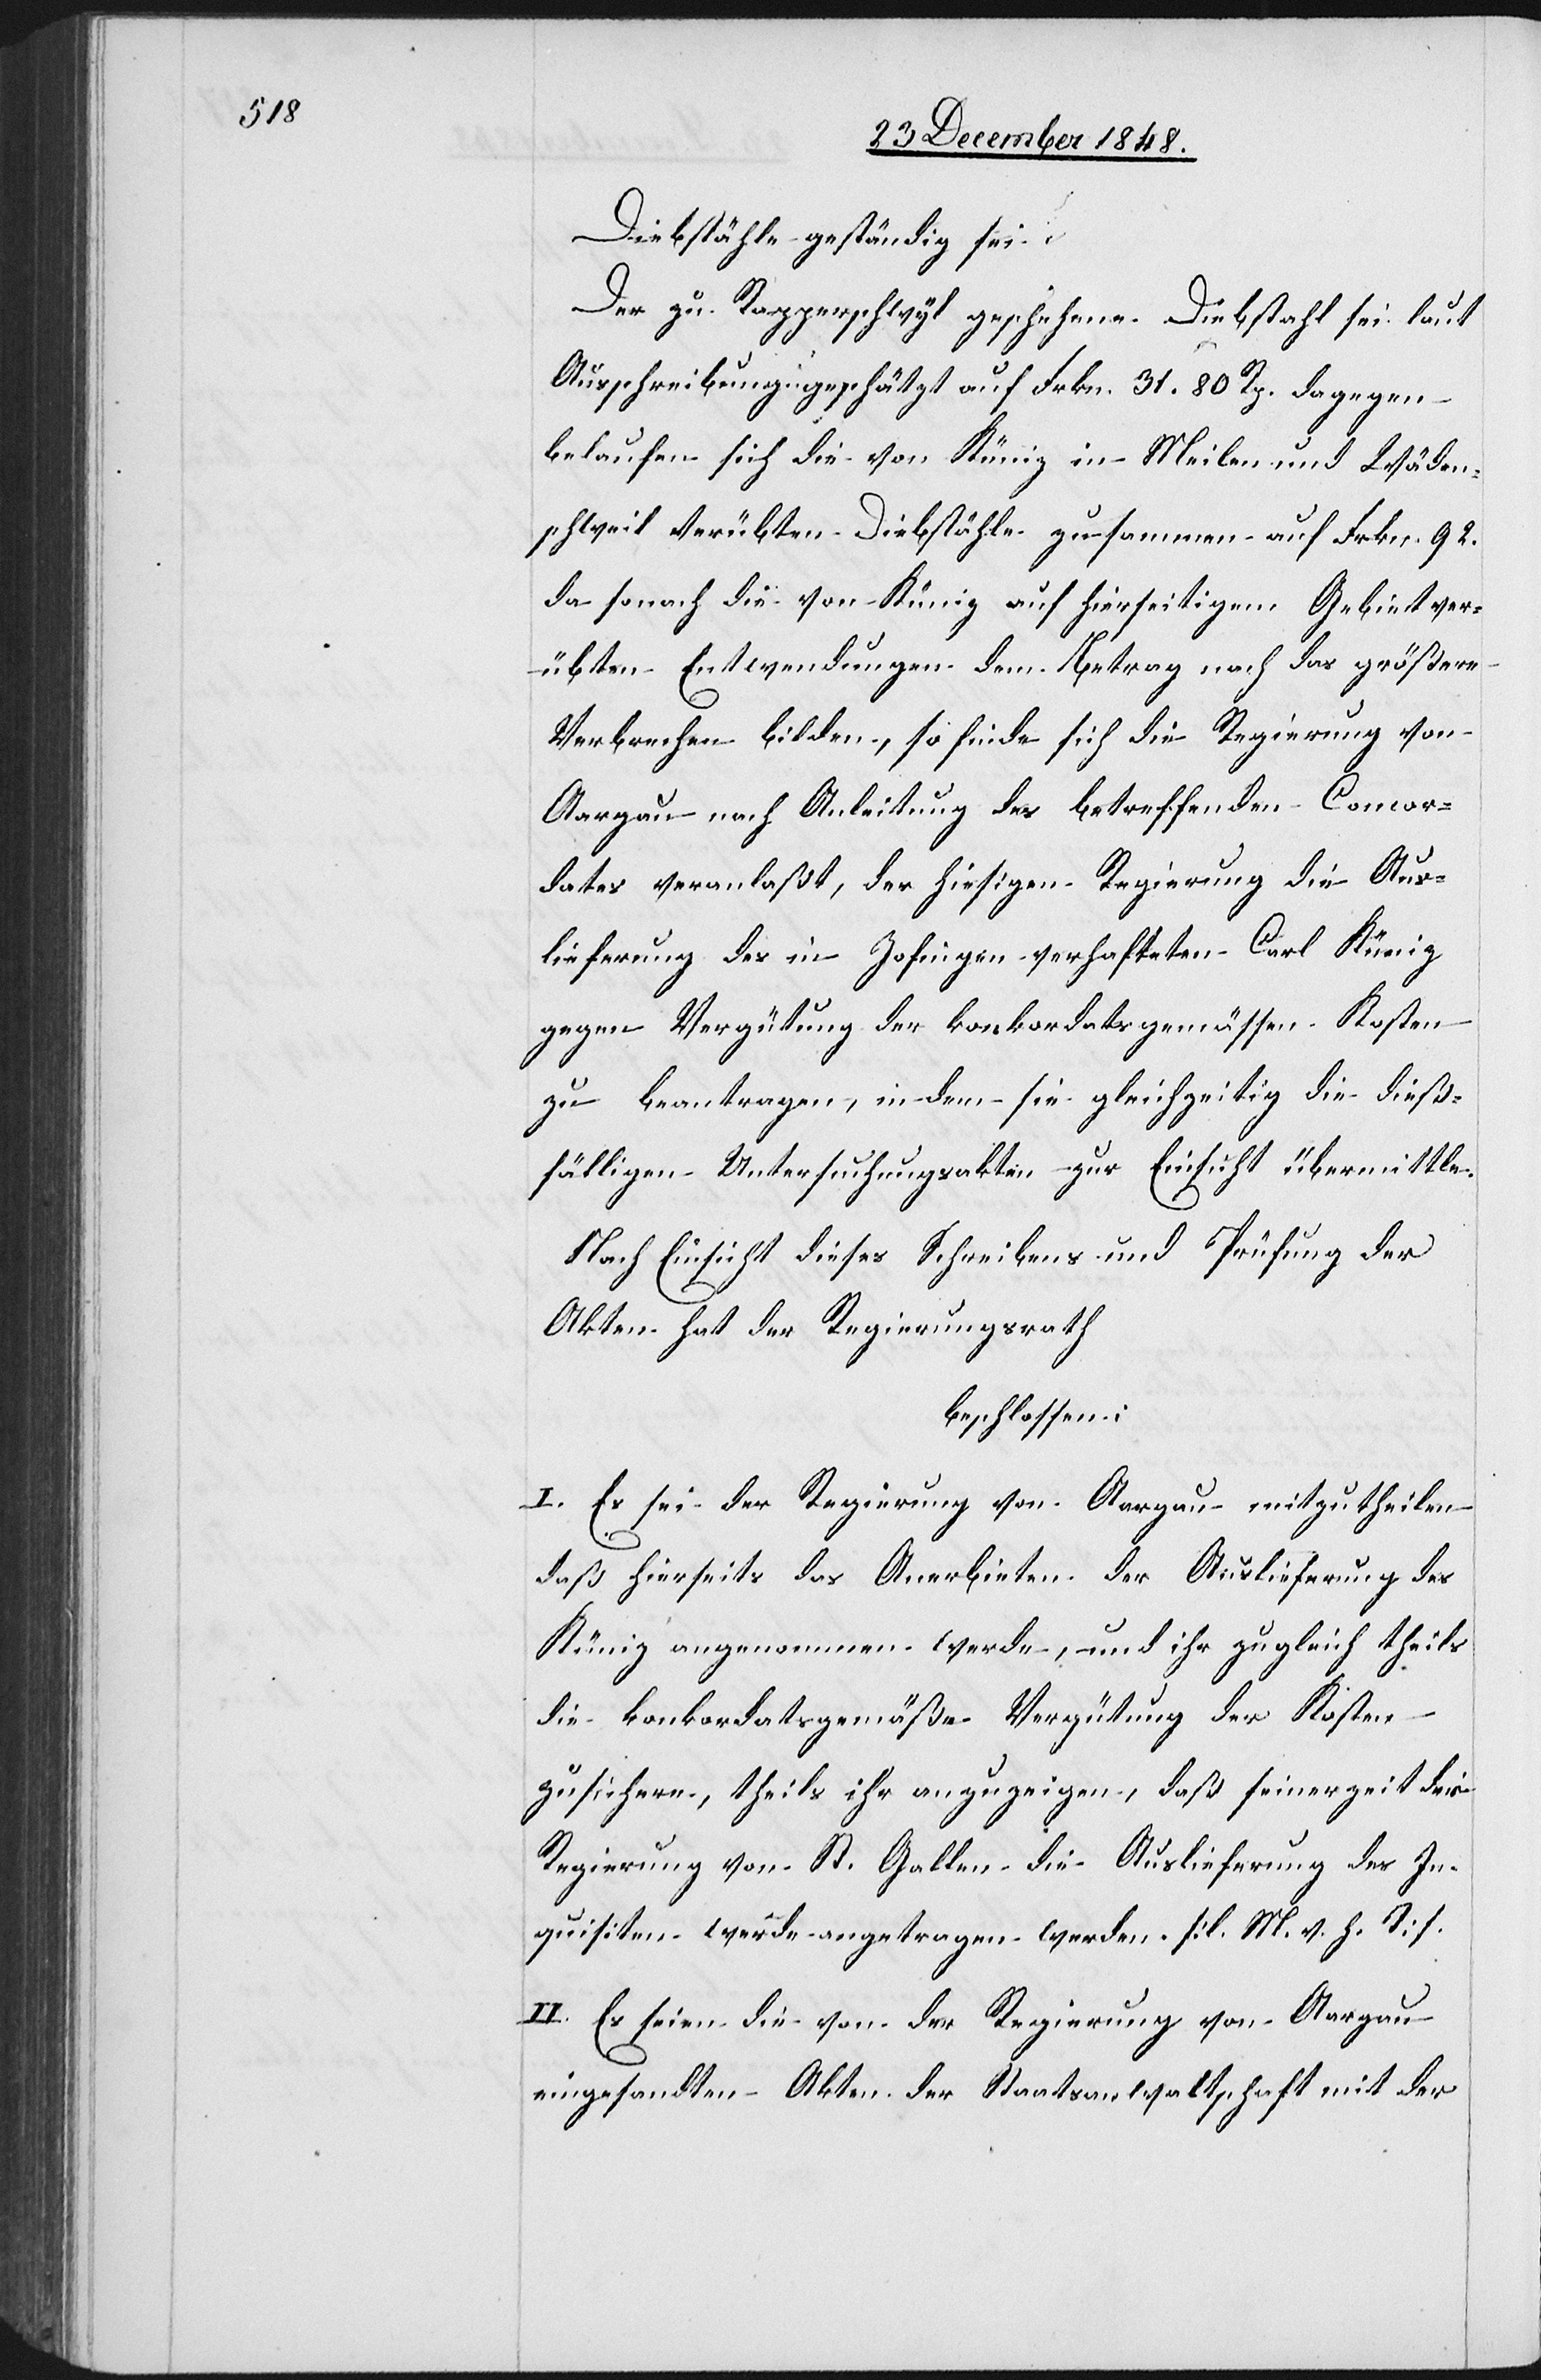
Diebstähle geständig sei.
Der zu Rapperschwyl geschehene Diebstahl sei laut
Ausschreibung geschätzt auf Frkn. 31. 80. Rp. Dagegen
belaufen sich die von Küniz in Meilen und Wäden¬
schweil verübten Diebstähle zusammen auf Frkn. 92.
Da sonach die von Küniz auf hierseitigem Gebiet ver¬
übten Entwendungen dem Betrag nach das größere
Verbrechen bilden, so finde sich die Regierung von
Aargau nach Anleitung des betreffenden Concor¬
dates veranlaßt, der hiesigen Regierung die Aus¬
lieferung des in Zofingen verhafteten Carl Küniz
gegen Vergütung der konkordatsgemässen Kosten
zu beantragen, in dem sie gleichzeitig die dieß¬
fälligen Untersuchungsakten zur Einsicht übermittle.
Nach Einsicht dieses Schreibens und Prüfung der
Akten hat der Regierungsrath
beschlossen:
I. Es sei der Regierung von Aargau mitzutheilen
daß hierseits das Anerbieten der Auslieferung des
Küniz angenommen werde, und ihr zugleich theils
die konkordatsgemäße Vergütung der Kosten
zusichere, theils ihr anzuzeigen, daß seinerzeit der
Regierung von St. Gallen die Auslieferung des In¬
quisiten werde angetragen werden. [l. M. v. h. T]
II. Es seien die von der Regierung von Aargau
eingesandten Akten der Staatsanwaltschaft mit der